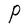
Character: P